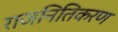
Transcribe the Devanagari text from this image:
राजनितिकरण